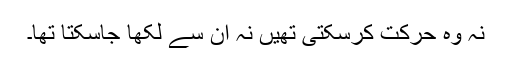
نہ وہ حرکت کرسکتی تھیں نہ ان سے لکھا جاسکتا تھا۔